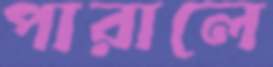
পারালে